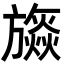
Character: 𣄡